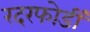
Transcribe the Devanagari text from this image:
रदरफोर्डी